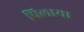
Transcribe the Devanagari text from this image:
पिलाया